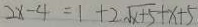
2 x - 4 = 1 + 2 \sqrt { x + 5 } + x + 5